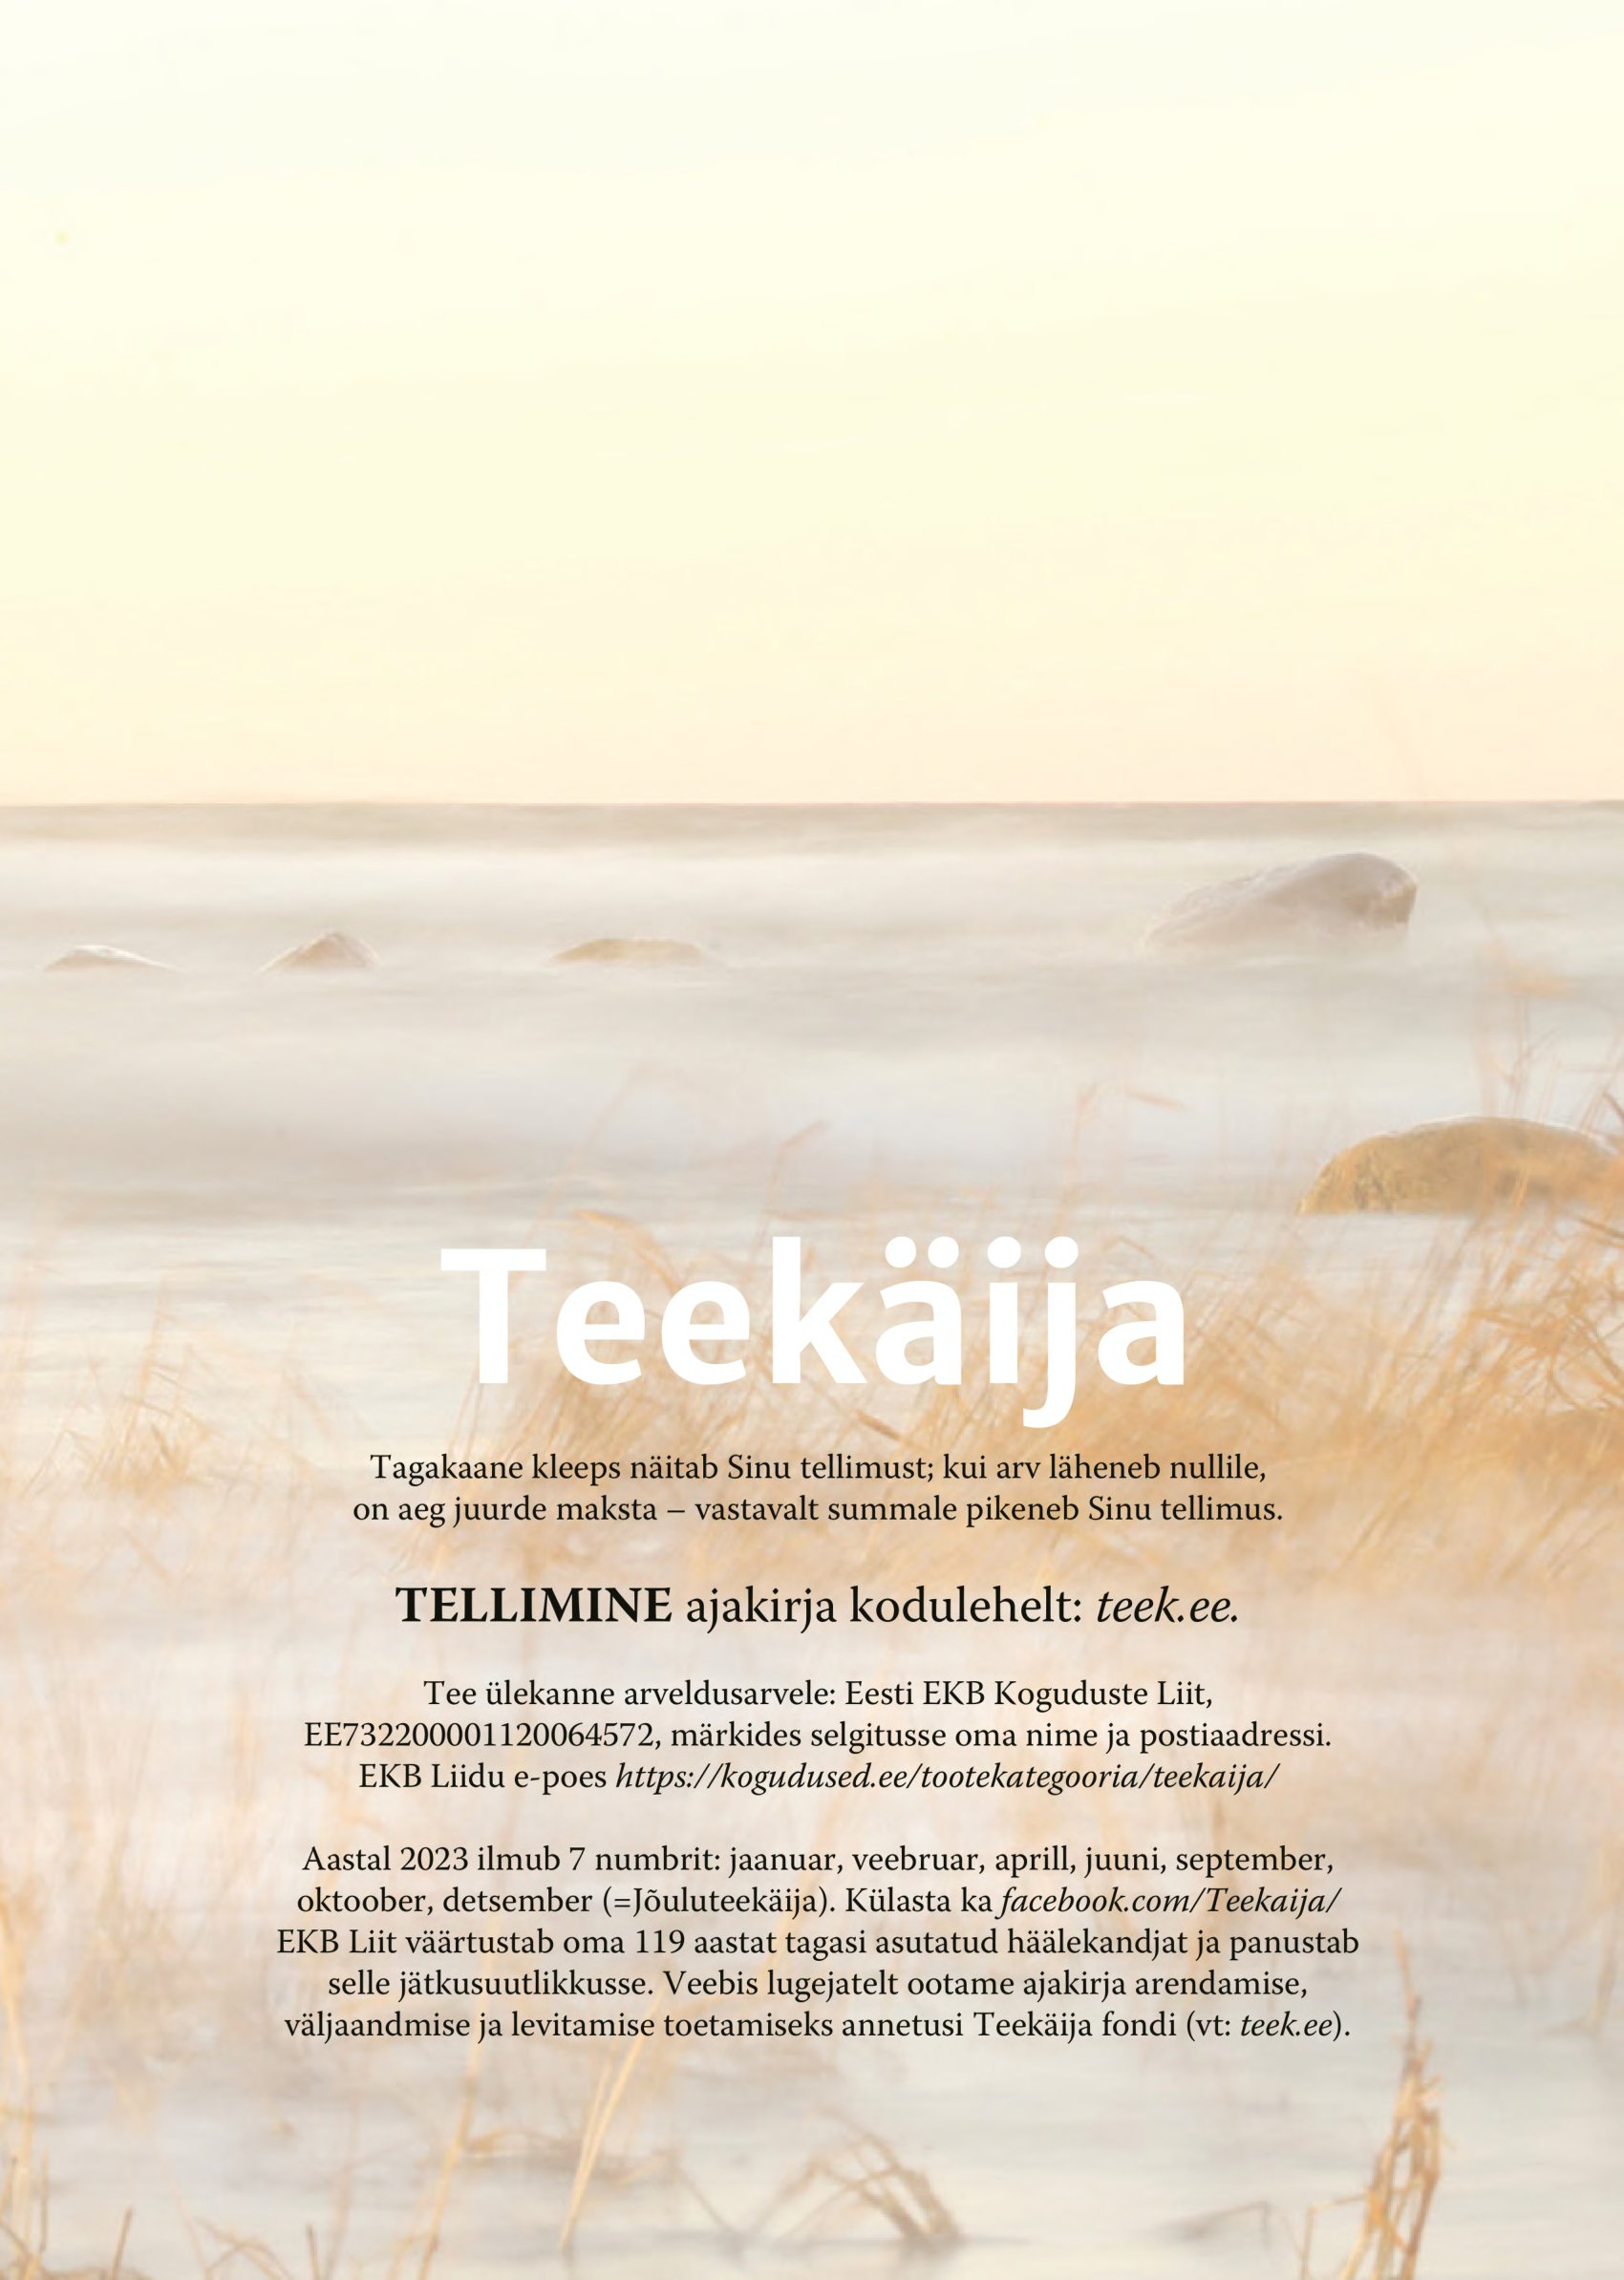
Language: et